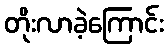
တိုးလာခဲ့ကြောင်း